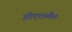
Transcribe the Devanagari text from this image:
ग़ोएत्ज़्मैन